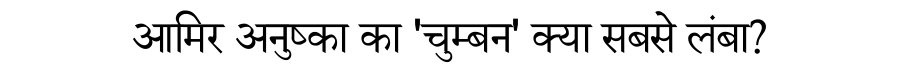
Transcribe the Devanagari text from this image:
आमिर अनुष्का का 'चुम्बन' क्या सबसे लंबा?